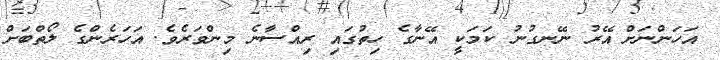
އަހަންނަށް އޭރު ނޭނގުނު ކަމަކީ އޭނާގެ ހިތުގައި ރިއްސާނެ މިންވަރެވެ. އަހަރެންގެ ލޯތްބަށް